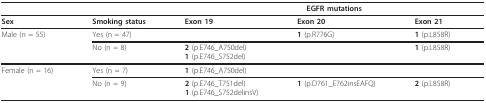
<table><thead><tr><td></td><td></td><td colspan="3"><b>EGFR mutations</b></td></tr></thead><tbody><tr><td><b>Sex</b></td><td><b>Smoking status</b></td><td><b>Exon 19</b></td><td><b>Exon 20</b></td><td><b>Exon 21</b></td></tr><tr><td>Male (n = 55)</td><td>Yes (n = 47)</td><td></td><td><b>1 </b>(p.R776G)</td><td><b>1 </b>(p.L858R)</td></tr><tr><td></td><td>No (n = 8)</td><td><b>2 </b>(p.E746_A750del)<b>1 </b>(p.E746_S752del)</td><td></td><td><b>1 </b>(p.L858R)</td></tr><tr><td>Female (n = 16)</td><td>Yes (n = 7)</td><td><b>1 </b>(p.E746_A750del)</td><td></td><td></td></tr><tr><td></td><td>No (n = 9)</td><td><b>2 </b>(p.E746_T751del)<b>1 </b>(p.E746_S752delinsV)</td><td><b>1 </b>(p.D761_E762insEAFQ)</td><td><b>2 </b>(p.L858R)</td></tr></tbody></table>